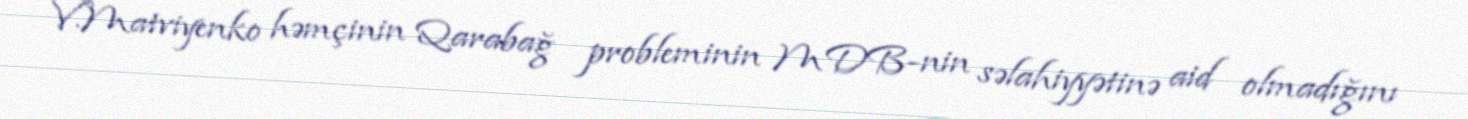
V.Matviyenko həmçinin Qarabağ probleminin MDB-nin səlahiyyətinə aid olmadığını